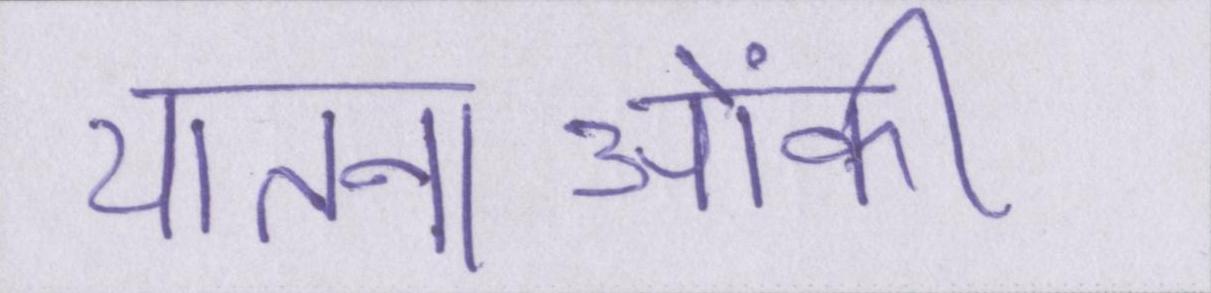
यातनाओंकी